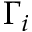
\Gamma _ { i }